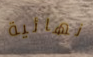
نهائية